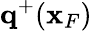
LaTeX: {\mathbf q}^{+}({\mathbf x}_{F})